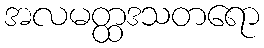
အလမတ္ထဒသတရော